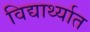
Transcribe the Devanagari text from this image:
विद्यार्थ्यात